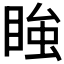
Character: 𭿂